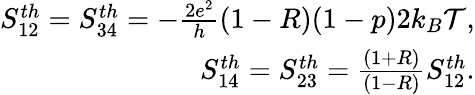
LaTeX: \begin{array}{r}{{S_{12}^{th}=S_{34}^{th}=-\frac{2e^{2}}{h}(1-R)(1-p)2k_{B}\mathcal{T},}}\\ {{S_{14}^{th}=S_{23}^{th}=\frac{(1+R)}{(1-R)}S_{12}^{th}.}}\end{array}